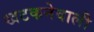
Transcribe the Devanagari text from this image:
खटकनेवाली